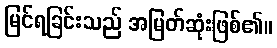
မြင်ရခြင်းသည် အမြတ်ဆုံးဖြစ်၏။